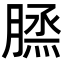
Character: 𦞪